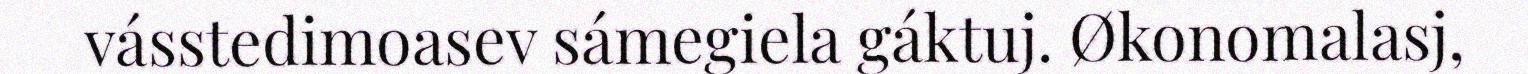
vásstedimoasev sámegiela gáktuj. Økonomalasj,